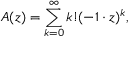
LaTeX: A ( z ) = \sum _ { k = 0 } ^ { \infty } k ! ( - 1 \cdot z ) ^ { k } ,